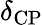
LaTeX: \delta_{\mathrm{CP}}